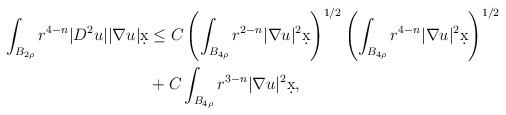
LaTeX: \begin{align*}\int_{B_{2\rho}} r^{4-n} |D^2 u| |\nabla u| \d x &\leq C \left(\int_{B_{4\rho}} r^{2-n} |\nabla u|^2 \d x\right)^{1/2}\left( \int_{B_{4\rho}} r^{4-n} |\nabla u|^2 \d x\right)^{1/2} \\& + C \int_{B_{4\rho}} r^{3-n} |\nabla u|^2 \d x,\end{align*}